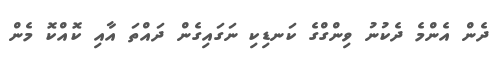
ދެން އެންމެ ދެކުނު ވިންގްގެ ކަނޑިކި ނަގައިގެން ދައްތަ އާއި ކޮއްކޮ މެން